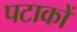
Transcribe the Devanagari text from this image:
पटाकों